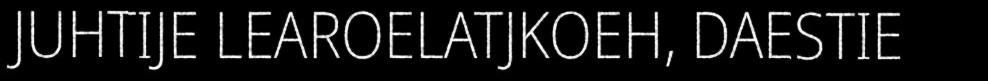
JUHTIJE LEAROELATJKOEH, DAESTIE